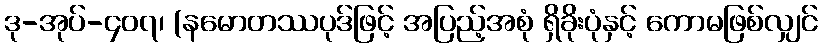
ဒု-အုပ်-၄၀၇၊ (နမောတဿပုဒ်ဖြင့် အပြည့်အစုံ ရှိခိုးပုံနှင့် ကောမဖြစ်လျှင်